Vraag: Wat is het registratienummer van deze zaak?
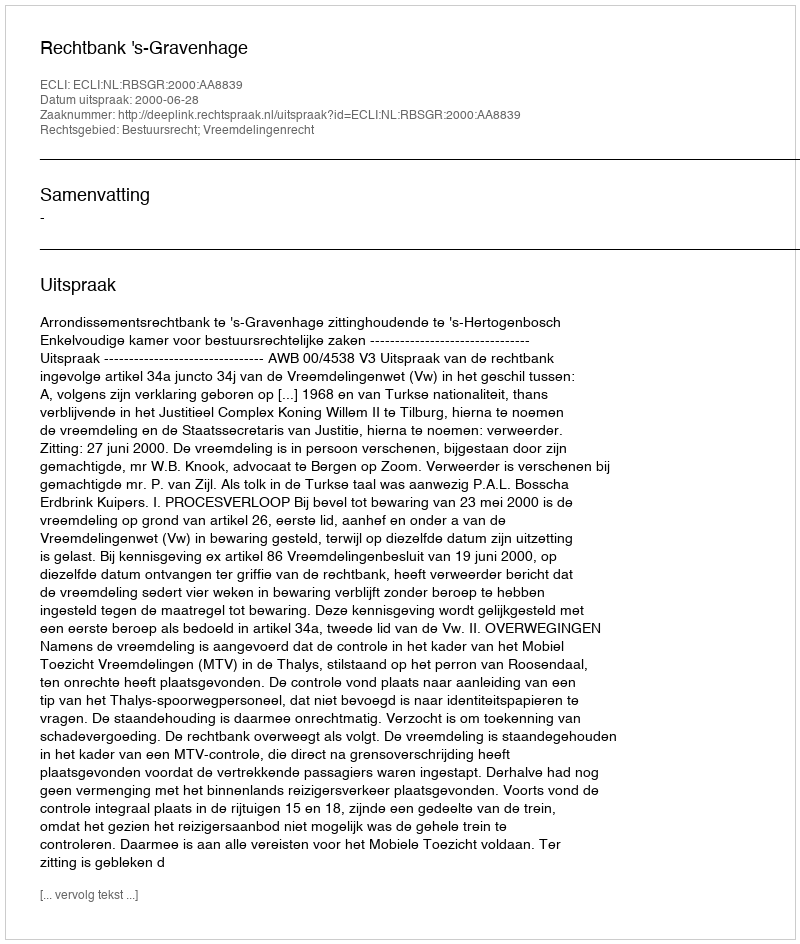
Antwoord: http://deeplink.rechtspraak.nl/uitspraak?id=ECLI:NL:RBSGR:2000:AA8839